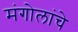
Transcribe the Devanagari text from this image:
मंगोलांचे